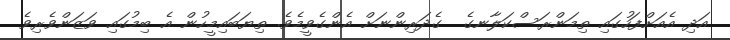
އަދި އެއަށްފަހުގައި ތިމަންރަސްކަލާނގެ  ގެދަރިންނަށް އެންގެވީމެވެ. ތިޔަބައިމީހުން އެ ބިމުގައި ވަޒަންވެރިވެ